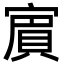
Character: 賔